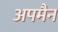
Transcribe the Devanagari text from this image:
अपमैन